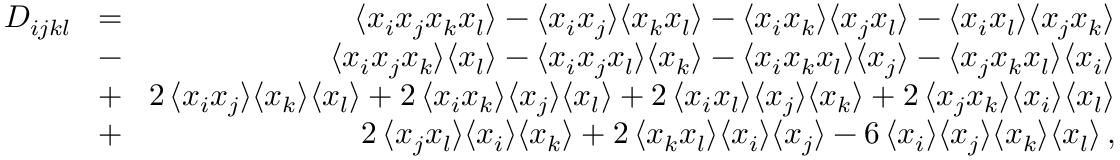
\begin{array} { r l r } { D _ { i j k l } } & { \! = \! } & { \langle x _ { i } x _ { j } x _ { k } x _ { l } \rangle - \langle x _ { i } x _ { j } \rangle \langle x _ { k } x _ { l } \rangle - \langle x _ { i } x _ { k } \rangle \langle x _ { j } x _ { l } \rangle - \langle x _ { i } x _ { l } \rangle \langle x _ { j } x _ { k } \rangle } \\ & { \! - \! } & { \langle x _ { i } x _ { j } x _ { k } \rangle \langle x _ { l } \rangle - \langle x _ { i } x _ { j } x _ { l } \rangle \langle x _ { k } \rangle - \langle x _ { i } x _ { k } x _ { l } \rangle \langle x _ { j } \rangle - \langle x _ { j } x _ { k } x _ { l } \rangle \langle x _ { i } \rangle } \\ & { \! + \! } & { 2 \, \langle x _ { i } x _ { j } \rangle \langle x _ { k } \rangle \langle x _ { l } \rangle + 2 \, \langle x _ { i } x _ { k } \rangle \langle x _ { j } \rangle \langle x _ { l } \rangle + 2 \, \langle x _ { i } x _ { l } \rangle \langle x _ { j } \rangle \langle x _ { k } \rangle + 2 \, \langle x _ { j } x _ { k } \rangle \langle x _ { i } \rangle \langle x _ { l } \rangle } \\ & { \! + \! } & { 2 \, \langle x _ { j } x _ { l } \rangle \langle x _ { i } \rangle \langle x _ { k } \rangle + 2 \, \langle x _ { k } x _ { l } \rangle \langle x _ { i } \rangle \langle x _ { j } \rangle - 6 \, \langle x _ { i } \rangle \langle x _ { j } \rangle \langle x _ { k } \rangle \langle x _ { l } \rangle \, , } \end{array}